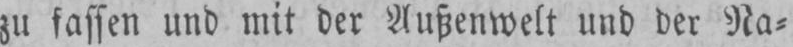
zu fassen und mit der Außenwelt und der Na⸗